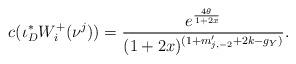
LaTeX: \begin{align*}c(\iota_{D}^{*}W^{+}_{i}(\nu^{j}))=\frac{e^{\frac{4\theta}{1+2x}}}{(1+2x)^{(1+m'_{j,-2}+2k-g_{Y})}}.\end{align*}